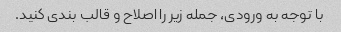
با توجه به ورودی، جمله زیر را اصلاح و قالب بندی کنید.